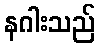
နဂါးသည်